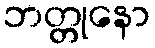
ဘတ္တုနော